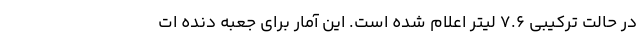
در حالت ترکیبی 7.6 لیتر اعلام شده است. این آمار برای جعبه دنده ات